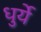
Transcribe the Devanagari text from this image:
धुर्ये